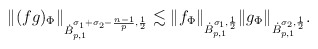
\begin{align*}\|(fg)_\Phi\|_{\dot{B}^{\sigma_1+\sigma_2-\frac{n-1}{p},\frac{1}{2}}_{p,1}}\lesssim \|f_\Phi\|_{\dot{B}^{\sigma_1,\frac{1}{2}}_{p,1}}\|g_\Phi\|_{\dot{B}^{\sigma_2,\frac{1}{2}}_{p,1}}.\end{align*}